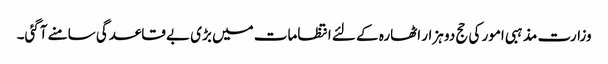
وزارت مذہبی امور کی حج دو ہزار اٹھارہ کے لئے انتظامات میں بڑی بے قاعدگی سامنے آگئی۔